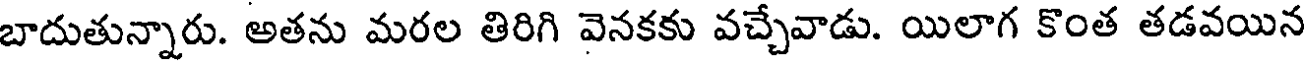
బాదుతున్నారు. అతను మరల తిరిగి వెనకకు వచ్చేవాడు. యిలాగ కొంత తడవయిన